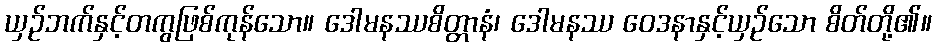
ယှဉ်ဘက်နှင့်တကွဖြစ်ကုန်သော။ ဒေါမနဿစိတ္တာနံ၊ ဒေါမနဿ ဝေဒနာနှင့်ယှဉ်သော စိတ်တို့၏။